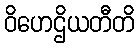
ဝိဟေဌိယတီတိ